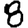
Digit: 8